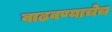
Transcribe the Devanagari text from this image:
वाढवण्याचेच